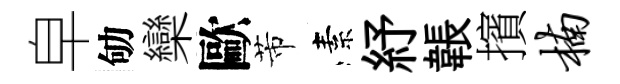
皁劬欒歐芾素紓韔擯楠